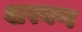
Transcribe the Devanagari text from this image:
शरवण